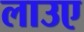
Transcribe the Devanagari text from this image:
लाउए